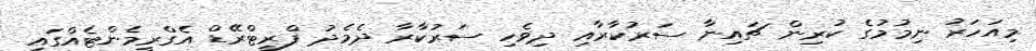
މިއަހަރު ނިމުމުގެ ކުރިން ޗައިނާ ސަރުކާރާއި ދިވެހި ސަރުކާރާ ދެމެދު ފްރީޓްރޭޑް އެގްރީމެންޓެއްގައި